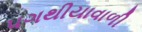
પગથીયાવાળી